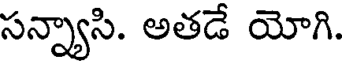
సన్న్యాసి. అతడే యోగి.